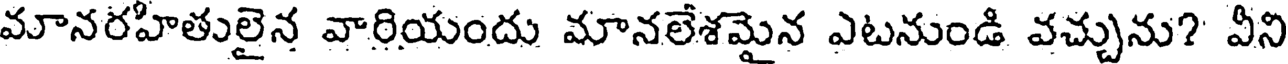
మానరహితులైన వారియందు మానలేశమైన ఎటనుండి వచ్చును? వీని